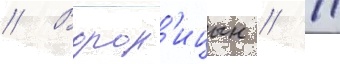
// Ворон'ицын // 11